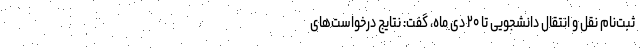
ثبت‌نام نقل و انتقال دانشجویی تا ۲۰ دی ماه، گفت: نتایج درخواست‌های